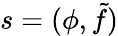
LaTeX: s=(\phi,\tilde{f})